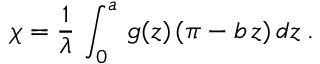
\chi = \frac { 1 } { \lambda } \, \int _ { 0 } ^ { a } \, g ( z ) \, ( \pi - b \, z ) \, d z \: .